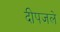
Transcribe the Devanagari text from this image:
दीपजले